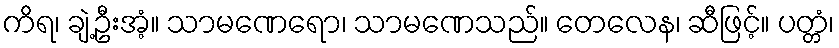
ကိရ၊ ချဲ့ဦးအံ့။ သာမဏေရော၊ သာမဏေသည်။ တေလေန၊ ဆီဖြင့်။ ပတ္တံ၊